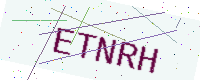
Text: ETNRH